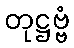
တုဋ္ဌဗ္ဗံ